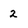
Character: 2